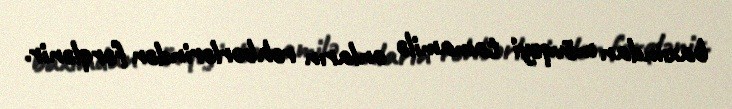
baxımdan mövqeyi tamamilə onların rəhbərlərindən fərqlənir.